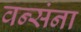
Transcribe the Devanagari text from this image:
वन्संना